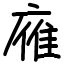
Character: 䧹